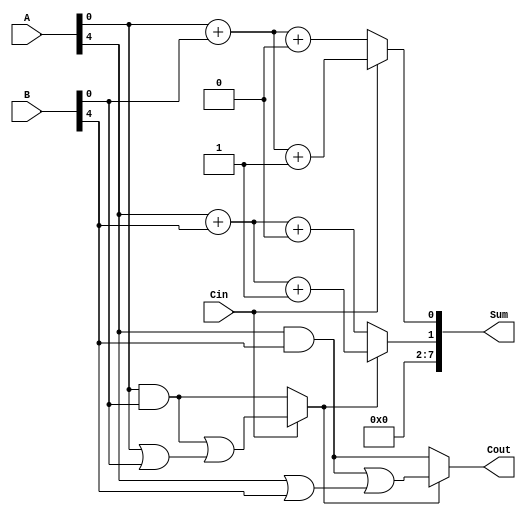
module hybrid_carry_select_adder (
    input  [7:0] A,      // First 8-bit input
    input  [7:0] B,      // Second 8-bit input
    input        Cin,     // Carry-in
    output [7:0] Sum,     // 8-bit sum output
    output       Cout      // Carry-out
);
    wire [3:0] S0, S1, S2, S3; // Sum outputs for segments
    wire C0, C1;              // Carry outputs for segments
    wire S0_Cin, S1_Cin;      // Sum outputs with Cin = 0 and Cin = 1

    // Segment 0 (Least Significant 4 bits)
    assign S0 = A[3:0] + B[3:0] + 1'b0; // Sum assuming Cin = 0
    assign C0 = (A[3:0] & B[3:0]) | ((A[3:0] | B[3:0]) & 1'b0); // Carry-out assuming Cin = 0

    assign S1 = A[3:0] + B[3:0] + 1'b1; // Sum assuming Cin = 1
    assign C1 = (A[3:0] & B[3:0]) | ((A[3:0] | B[3:0]) & 1'b1); // Carry-out assuming Cin = 1

    // MUX for segment 0
    wire S0_mux, C0_mux;
    assign S0_mux = Cin ? S1 : S0;
    assign C0_mux = Cin ? C1 : C0;

    // Segment 1 (Most Significant 4 bits)
    wire [3:0] S2, S3; // Sum outputs for segment 1
    wire C2, C3;       // Carry outputs for segment 1

    assign S2 = A[7:4] + B[7:4] + 1'b0; // Sum assuming Cin = 0
    assign C2 = (A[7:4] & B[7:4]) | ((A[7:4] | B[7:4]) & 1'b0); // Carry-out assuming Cin = 0

    assign S3 = A[7:4] + B[7:4] + 1'b1; // Sum assuming Cin = 1
    assign C3 = (A[7:4] & B[7:4]) | ((A[7:4] | B[7:4]) & 1'b1); // Carry-out assuming Cin = 1

    // MUX for segment 1
    wire S1_mux;
    assign S1_mux = C0_mux ? S3 : S2;
    
    // Final outputs
    assign Sum = {S1_mux, S0_mux}; // Combine the two segments
    assign Cout = C0_mux ? C3 : C2; // Final carry-out

endmodule